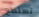
تستطع